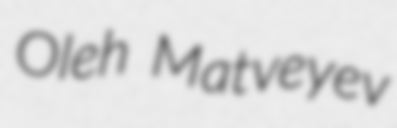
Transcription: Oleh Matveyev